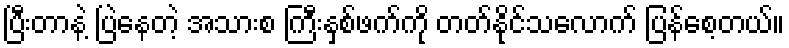
ပြီးတာနဲ့ ပြဲနေတဲ့ အသားစ ကြီးနှစ်ဖက်ကို တတ်နိုင်သလောက် ပြန်စေ့တယ်။